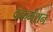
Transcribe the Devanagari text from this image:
कंफर्मेशन